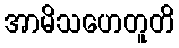
အာမိသဟေတူတိ